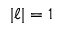
| \ell | = 1